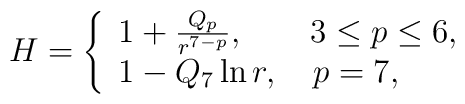
H= \left\{\begin{array}{l}           1 + \frac{Q_p}{r^{7 - p}}, \qquad  3 \le p \le 6,\\	   1 - Q_7\, {\rm ln}\,r, \quad p = 7, \end{array}\right.